Punjab Mental Hospital Lahore 1932-46 - 1932-1946
Year: 1932
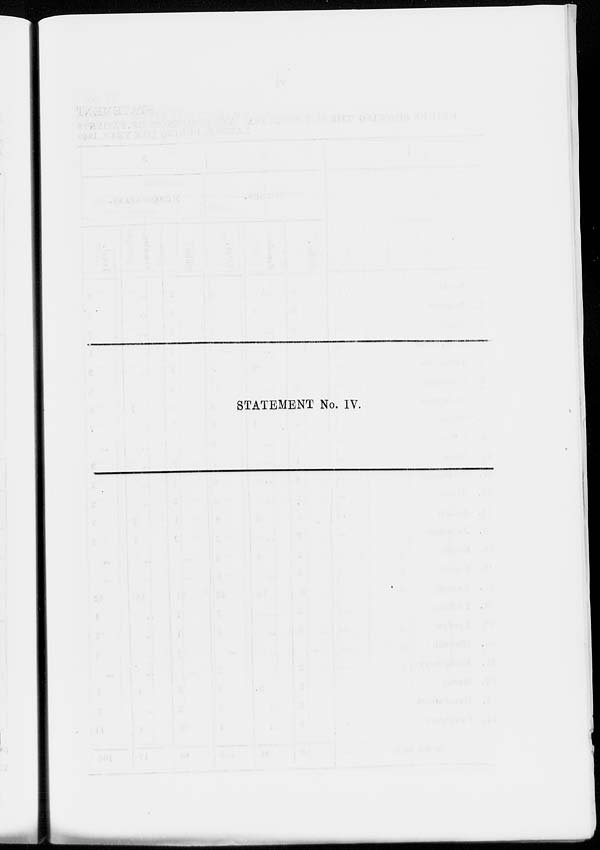
STATEMENT No. IV.